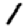
Digit: 1